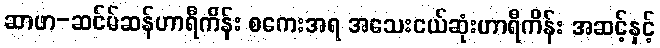
ဆာဖာ-ဆင်မ်ဆန်ဟာရီကိန်း စကေးအရ အသေးငယ်ဆုံးဟာရီကိန်း အဆင့်နှင့်